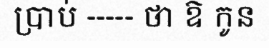
ប្រាប់ ----- ថា ឱ កូន